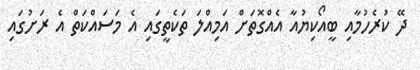
ދޭ ކުރެހުމާއި ބީއޯކިޔުއާ އެއްގޮތަށް އަމިއްލަ ތަކެތީގައި އެ މަސައްކަތް އެ ރަށުގައި